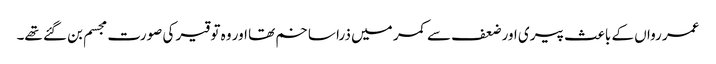
عمر رواں کے باعث پیری اور ضعف سے کمر میں ذرا سا خم تھا اور وہ توقیر کی صورت مجسم بن گئے تھے۔